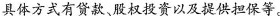
具体方式有贷款、股权投资以及提供担保等。